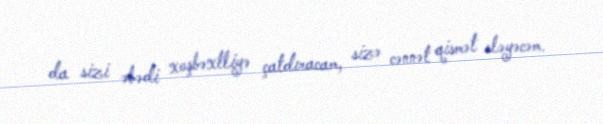
da sizi əbədi xoşbəxtliyə çatdıracam, sizə cənnət qismət eləyəcəm.